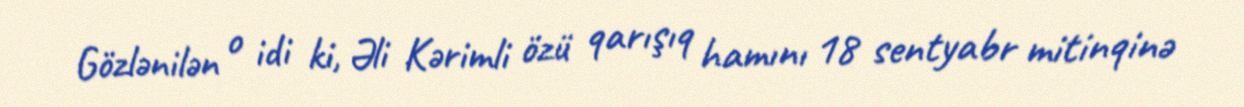
Gözlənilən o idi ki, Əli Kərimli özü qarışıq hamını 18 sentyabr mitinqinə